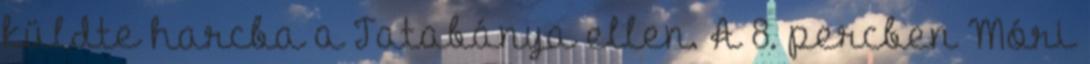
küldte harcba a Tatabánya ellen. A 8. percben Móri